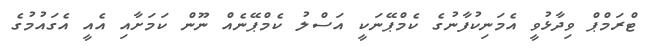
ޓްރަމްޕް ވިދާޅުވީ އެމަނިކުފާނުގެ ކެމްޕޭނަކީ އަސްލު ކެމްޕޭނެއް ނޫން ކަމަށާއި އެއީ އެގައުމުގެ